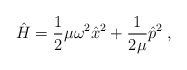
\begin{align*}\hat{H} = \frac{1}{2}\mu\omega^2 \hat{x}^2 + \frac{1}{2\mu}\hat{p}^2 \;,\end{align*}